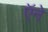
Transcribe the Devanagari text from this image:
ऍने